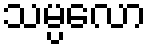
သမ္ပလော